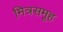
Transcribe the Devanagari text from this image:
मित्रसमूह